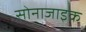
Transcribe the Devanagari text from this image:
सोनाजाइक